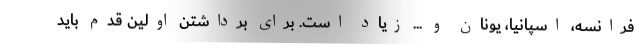
فرانسه، اسپانیا، یونان و ... زیاد است. برای برداشتن اولین قدم باید